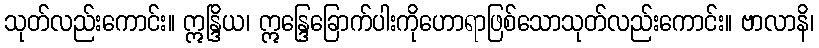
သုတ်လည်းကောင်း။ ဣန္ဒြိယ၊ ဣန္ဒြေခြောက်ပါးကိုဟောရာဖြစ်သောသုတ်လည်းကောင်း။ ဗာလာနိ၊